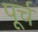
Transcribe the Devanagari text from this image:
पूर्च